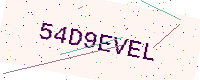
Text: 54D9EVEL